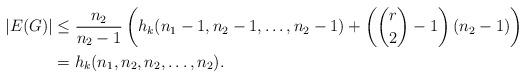
LaTeX: \begin{align*}|E(G)| &\leq \frac{n_2}{n_2-1}\left(h_k(n_1-1,n_2-1,\ldots,n_2-1)+\left(\binom{r}{2}-1\right)(n_2-1)\right)\\& = h_k(n_1,n_2,n_2,\ldots,n_2).\end{align*}